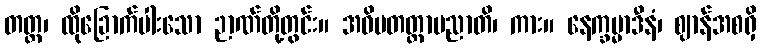
တတ္ထ၊ ထိုခြောက်ပါးသော ဉာဏ်တို့တွင်း။ အဓိပတတ္တာပညာတိ၊ ကား။ နေက္ခမ္မာဒီနံ၊ ဈာန်အစရှိ